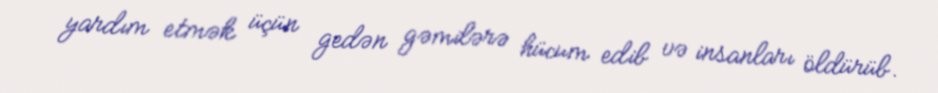
yardım etmək üçün gedən gəmilərə hücum edib və insanları öldürüb.